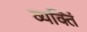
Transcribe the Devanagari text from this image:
व्यक्तिं